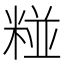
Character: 𮵻